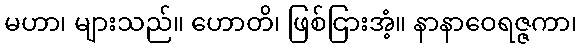
မဟာ၊ များသည်။ ဟောတိ၊ ဖြစ်ငြားအံ့။ နာနာဝေရဇ္ဇကာ၊